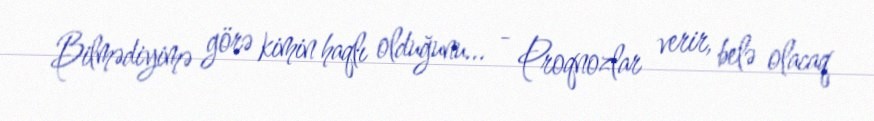
Bilmədiyimə görə kimin haqlı olduğunu... - Proqnozlar verir, belə olacaq